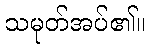
သမုတ်အပ်၏။